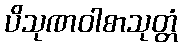
ပိသုဏဝါစာသုတ္တံ